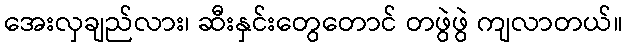
အေးလှချည်လား၊ ဆီးနှင်းတွေတောင် တဖွဲဖွဲ ကျလာတယ်။